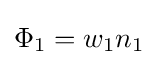
\Phi _{1}=w_{1}n_{1}